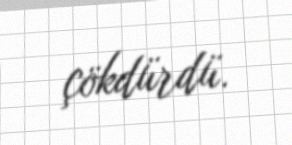
çökdürdü.